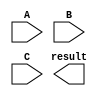
module fused_multiply_add_unit (
    input wire [31:0] A,  // input floating point number A
    input wire [31:0] B,  // input floating point number B
    input wire [31:0] C,  // input floating point number C for addition
    output reg [31:0] result  // output of the fused multiply-add operation
);

// internal components for multiplication, addition, rounding and normalization
// implementation of IEEE 754 standard

// your Verilog code for the fused multiply-add unit here

endmodule